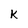
Character: k